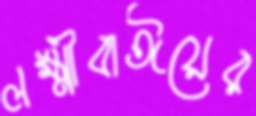
লক্ষ্মীবাঈয়ের